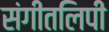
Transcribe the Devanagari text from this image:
संगीतलिपी